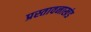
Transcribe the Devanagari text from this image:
प्रस्तावनाखंड